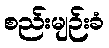
စည်းမျဉ်းခံ